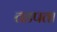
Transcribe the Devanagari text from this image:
तडपता